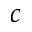
c